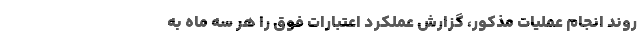
روند انجام عملیات مذکور، گزارش عملکرد اعتبارات فوق را هر سه ماه به